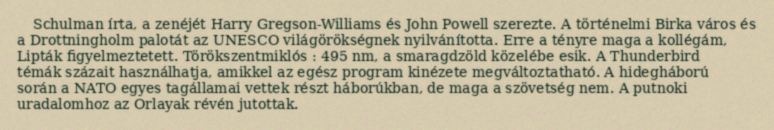
Schulman írta, a zenéjét Harry Gregson-Williams és John Powell szerezte. A történelmi Birka város és a Drottningholm palotát az UNESCO világörökségnek nyilvánította. Erre a tényre maga a kollégám, Lipták figyelmeztetett. Törökszentmiklós : 495 nm, a smaragdzöld közelébe esik. A Thunderbird témák százait használhatja, amikkel az egész program kinézete megváltoztatható. A hidegháború során a NATO egyes tagállamai vettek részt háborúkban, de maga a szövetség nem. A putnoki uradalomhoz az Orlayak révén jutottak.